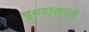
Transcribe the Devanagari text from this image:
घुमटासारखे